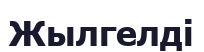
Жылгелді